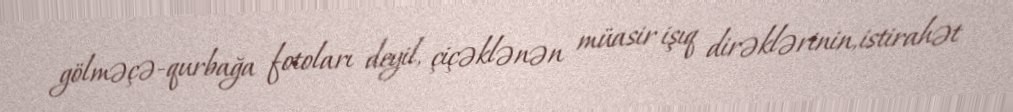
gölməçə-qurbağa fotoları deyil, çiçəklənən müasir işıq dirəklərinin, istirahət